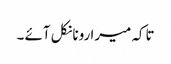
تاکہ میرا رونا نکل آئے ۔